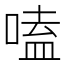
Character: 嗑